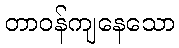
တာဝန်ကျနေသော